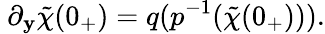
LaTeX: ~\partial_{\mathbf{y}}\tilde{{\chi}}(0_{+})=q(p^{-1}(\tilde{{\chi}}(0_{+}))).